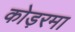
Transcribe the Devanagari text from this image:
कोड़रमा